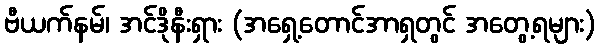
ဗီယက်နမ်၊ အင်ဒိုနီးရှား (အရှေ့တောင်အာရှတွင် အတွေ့ရများ)